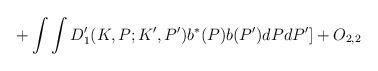
LaTeX: \begin{align*}+\int \int D_{1}^{\prime }(K,P;K^{\prime },P^{\prime })b^{\ast}(P)b(P^{\prime })dPdP^{\prime }]+O_{2,2} \end{align*}